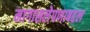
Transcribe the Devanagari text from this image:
मागासलेपणाबद्दल